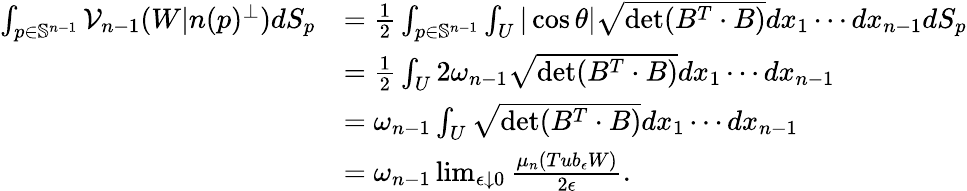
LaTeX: \begin{array}{rl}{\int_{p\in\mathbb{S}^{n-1}}\mathcal{V}_{n-1}(W|n(p)^{\perp})dS_{p}}&{=\frac{1}{2}\int_{p\in\mathbb{S}^{n-1}}\int_{U}|\cos\theta|\sqrt{\operatorname*{det}(B^{T}\cdot B)}dx_{1}\cdots dx_{n-1}dS_{p}}\\ &{=\frac{1}{2}\int_{U}2\omega_{n-1}\sqrt{\operatorname*{det}(B^{T}\cdot B)}dx_{1}\cdots dx_{n-1}}\\ &{=\omega_{n-1}\int_{U}\sqrt{\operatorname*{det}(B^{T}\cdot B)}dx_{1}\cdots dx_{n-1}}\\ &{=\omega_{n-1}\operatorname*{lim}_{\epsilon\downarrow 0}\frac{\mu_{n}(Tub_{\epsilon}W)}{2\epsilon}.}\end{array}